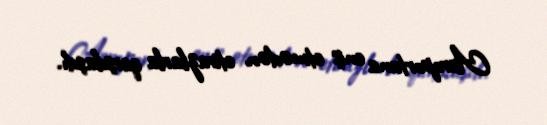
Aeroportuna eniş etmədən etirazlarla qarşılaşdı.